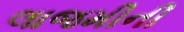
લાજમીની